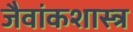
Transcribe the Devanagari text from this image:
जैवांकशास्त्र